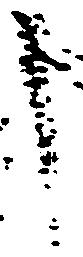
申